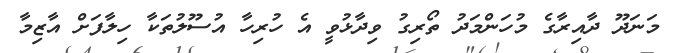
މަނަދޫ ދާއިރާގެ މުހަންމަދު ތޯރިގު ވިދާޅުވީ އެ ހުރިހާ އުސޫލުތަކާ ހިލާފަށް އާޒިމާ